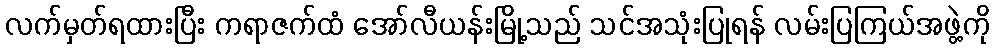
လက်မှတ်ရထားပြီး ကရာဇက်ထံ အော်လီယန်းမြို့သည် သင်အသုံးပြုရန် လမ်းပြကြယ်အဖွဲ့ကို